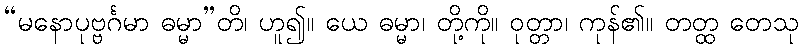
“မနောပုဗ္ဗင်္ဂမာ ဓမ္မာ”တိ၊ ဟူ၍။ ယေ ဓမ္မာ၊ တို့ကို။ ဝုတ္တာ၊ ကုန်၏။ တတ္ထ တေသု